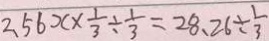
2 . 5 6 x \times \frac { 1 } { 3 } \div \frac { 1 } { 3 } = 2 8 . 2 6 \div \frac { 1 } { 3 }